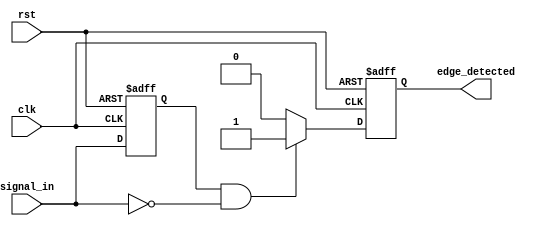
module negative_edge_detector (
    input wire clk,              // Clock input
    input wire rst,              // Reset input
    input wire signal_in,        // Input signal to detect edges
    output reg edge_detected     // Output signal indicating negative edge detection
);

    reg signal_in_prev;          // Memory element to store the previous state of signal_in

    // Always block to handle the edge detection and memory update
    always @(posedge clk or posedge rst) begin
        if (rst) begin
            // On reset, initialize memory and output
            signal_in_prev <= 1'b0;
            edge_detected <= 1'b0;
        end else begin
            // Edge detection logic
            if (signal_in_prev == 1'b1 && signal_in == 1'b0) begin
                edge_detected <= 1'b1; // Negative edge detected
            end else begin
                edge_detected <= 1'b0; // No edge detected
            end
            
            // Update the previous state with the current state
            signal_in_prev <= signal_in;
        end
    end

endmodule